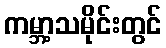
ကမ္ဘာ့သမိုင်းတွင်